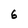
Character: 6